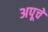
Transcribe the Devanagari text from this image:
अपूचे